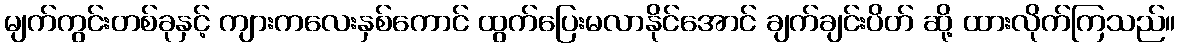
မျက်ကွင်းတစ်ခုနှင့် ကျားကလေးနှစ်ကောင် ထွက်ပြေးမလာနိုင်အောင် ချက်ချင်းပိတ် ဆို့ ထားလိုက်ကြသည်။